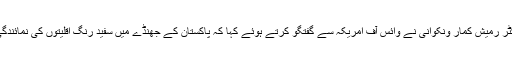
اس موقع پرسندھ سے تعلق رکھنے والے ہندو برداری کے نمائندے اور رکن قومی اسمبلی ڈاکٹر رمیش کمار ونکوانی نے وائس آف امریکہ سے گفتگو کرتے ہوئے کہا کہ پاکستان کے جھنڈے میں سفید رنگ اقلیتوں کی نمائندگی کرتا ہے جس کا مطلب ہے کہ وہ اپنے مذہب اور روایات پر عمل کرنے کے لیے آزاد ہیں۔